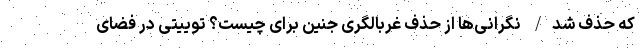
که حذف شد/ نگرانی‌ها از حذف غربالگری جنین برای چیست؟ توییتی در فضای